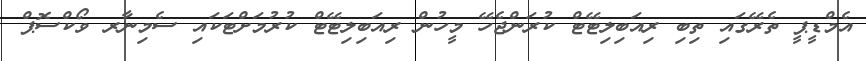
އެމްޑީޕީ ތެރޭގައި ތިބި ރިއަބިލިޓޭޓް ކުރަންޖެހޭ މީހުން ރިއަބިލިޓޭޓް ކުރުމަށްޓަކައި ސެމިނާރ ވޯކްސޮޕް